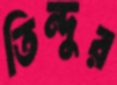
তিন্দুর